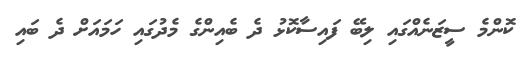
ކޮންމެ ސީޒަނެއްގައި ލިބޭ ފައިސާކޮޅު ދެ ބެއިންގެ މެދުގައި ހަމައަށް ދެ ބައި